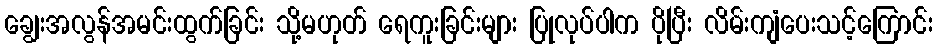
ချွေးအလွန်အမင်းထွက်ခြင်း သို့မဟုတ် ရေကူးခြင်းများ ပြုလုပ်ပါက ပိုပြီး လိမ်းကျံပေးသင့်ကြောင်း